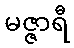
မဇ္ဇာရီ